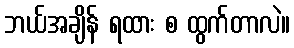
ဘယ်အချိန် ရထား စ ထွက်တာလဲ။